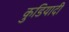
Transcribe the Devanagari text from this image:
कुडियादी